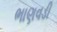
ભાણવડી